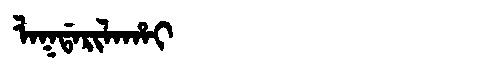
Manchu: ᠯᠠᡴᡩᠠᡵᡳᠯᠠᡥᠠᡳ
Romanization: LAKDARILAHAI